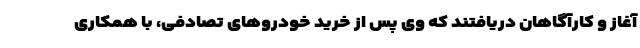
آغاز و کارآگاهان دریافتند که وی پس از خرید خودروهای تصادفی، با همکاری